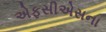
એફસીએસના